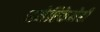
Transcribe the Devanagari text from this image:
अमेरिकेनेही